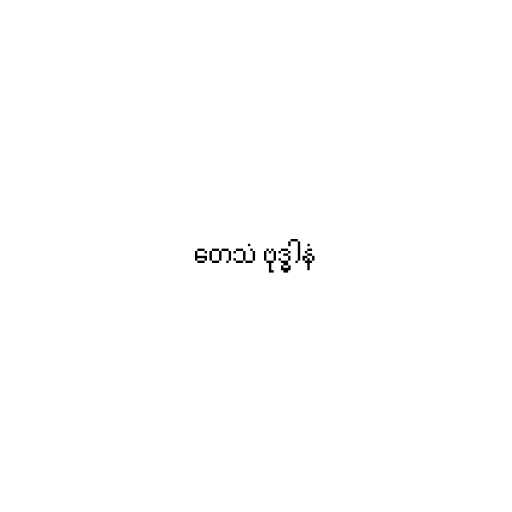
တေသံ ဗုဒ္ဓါနံ